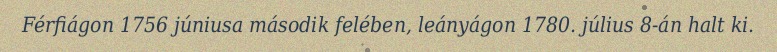
Férfiágon 1756 júniusa második felében, leányágon 1780. július 8-án halt ki.